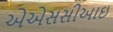
એએસસીઆઇ